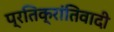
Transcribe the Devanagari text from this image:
प्रतिक्रांतिवादी